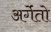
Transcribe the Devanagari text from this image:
अर्गेंतो